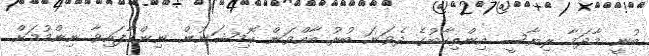
ބުނީ މާދަމާ ރިޔާސީ އިންތިހާބުގެ ދެވަނަ ބުރު ބާއްވަން ކޮމިޝަނުން ނިންމާފައިވާ ނިންމުމަށް